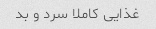
غذایی کاملا سرد و بد